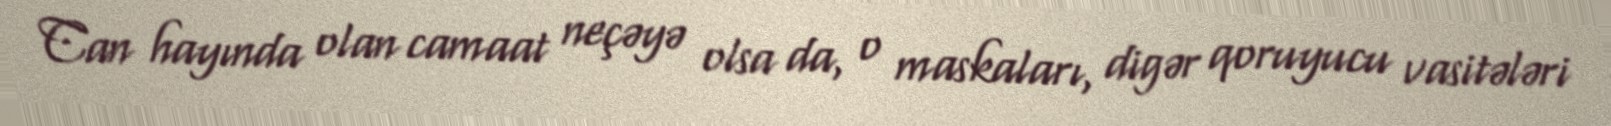
Can hayında olan camaat neçəyə olsa da, o maskaları, digər qoruyucu vasitələri